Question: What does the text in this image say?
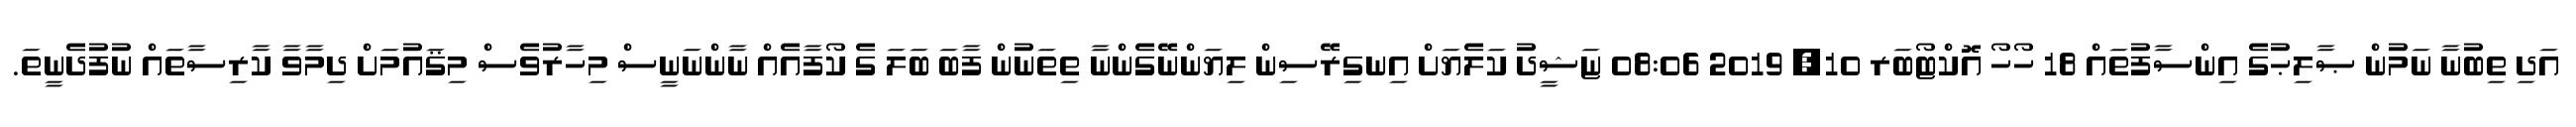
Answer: އަދި ތިބުނާ ނަމުން ޞާލިޙުގެ އިންސާފުތައް 18 ހޯހޯ އޮކްޓޯބަރ 10, 2019 08:06 ޏަޝީދު ކަލެޔަށް އިނގިރޭސިން ލިޔަންނޭގެންނާ ތިތަނުން ފާބަ ބަލަ ގެ ކޯފާއެއް ނާންނަނީސް މިހާރުވެސް މިޤައުމަށް ދިމާވާ ކާރިސާތައް ނުފުދެނީތަ.